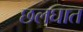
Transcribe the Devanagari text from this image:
छलघात